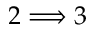
2 \Longrightarrow 3